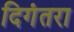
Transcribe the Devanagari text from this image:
दिगंतरा